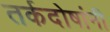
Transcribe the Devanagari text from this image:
तर्कदोषांनी